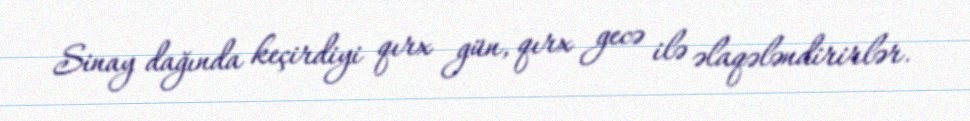
Sinay dağında keçirdiyi qırx gün, qırx gecə ilə əlaqələndirirlər.